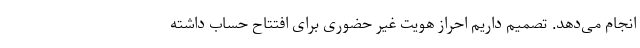
انجام می‌دهد. تصمیم داریم احراز هویت غیر حضوری برای افتتاح حساب داشته